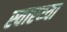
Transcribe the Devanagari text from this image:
स्‍वास्‍थ्‍या